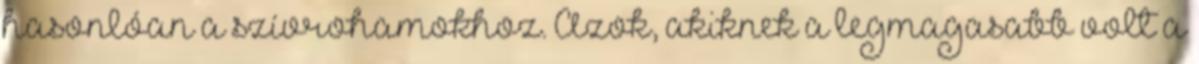
hasonlóan a szívrohamokhoz. Azok, akiknek a legmagasabb volt a